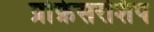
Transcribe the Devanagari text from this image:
प्रोफ़ेसरशिप